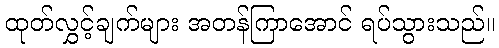
ထုတ်လွှင့်ချက်များ အတန်ကြာအောင် ရပ်သွားသည်။